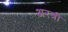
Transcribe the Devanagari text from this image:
अरत्री